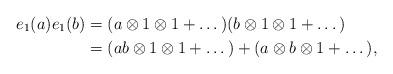
LaTeX: \begin{align*} e_1(a)e_1(b) &= (a\otimes 1\otimes 1+\dots)(b\otimes 1\otimes 1 + \dots)\\ &= (ab\otimes 1\otimes 1 + \dots) + (a\otimes b\otimes 1 + \dots), \end{align*}